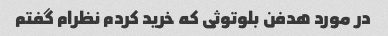
در مورد هدفن بلوتوثی که خرید کردم نظرام گفتم